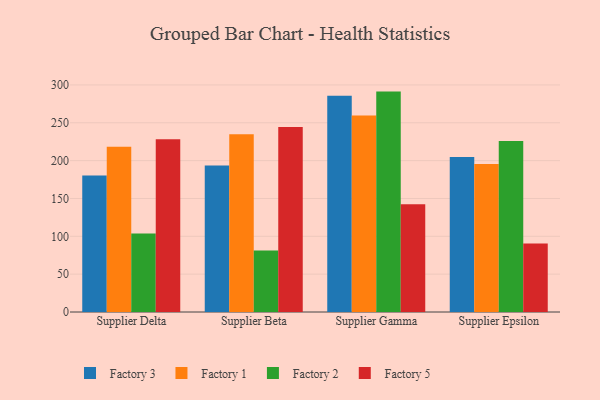
{"axis": {"x": "Supplier", "y": "Gross Profit (USD K)"}, "legend": ["Factory 1", "Factory 2", "Factory 3", "Factory 5"], "data": [{"x": "Supplier Delta", "y": 180.5, "type": "Factory 3"}, {"x": "Supplier Delta", "y": 218.2, "type": "Factory 1"}, {"x": "Supplier Delta", "y": 103.7, "type": "Factory 2"}, {"x": "Supplier Delta", "y": 228.3, "type": "Factory 5"}, {"x": "Supplier Beta", "y": 193.5, "type": "Factory 3"}, {"x": "Supplier Beta", "y": 234.9, "type": "Factory 1"}, {"x": "Supplier Beta", "y": 81.1, "type": "Factory 2"}, {"x": "Supplier Beta", "y": 244.3, "type": "Factory 5"}, {"x": "Supplier Gamma", "y": 285.7, "type": "Factory 3"}, {"x": "Supplier Gamma", "y": 259.5, "type": "Factory 1"}, {"x": "Supplier Gamma", "y": 291.2, "type": "Factory 2"}, {"x": "Supplier Gamma", "y": 142.3, "type": "Factory 5"}, {"x": "Supplier Epsilon", "y": 204.9, "type": "Factory 3"}, {"x": "Supplier Epsilon", "y": 195.7, "type": "Factory 1"}, {"x": "Supplier Epsilon", "y": 225.9, "type": "Factory 2"}, {"x": "Supplier Epsilon", "y": 90.4, "type": "Factory 5"}]}